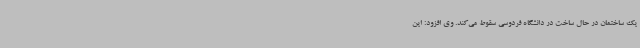
یک ساختمان در حال ساخت در دانشگاه فردوسی سقوط می‌کند. وی افزود: این